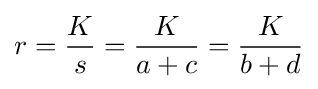
r={\frac {K}{s}}={\frac {K}{a+c}}={\frac {K}{b+d}}